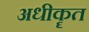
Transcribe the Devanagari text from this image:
अधीकॄत